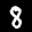
Label: 8